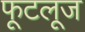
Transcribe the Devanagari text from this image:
फूटलूज